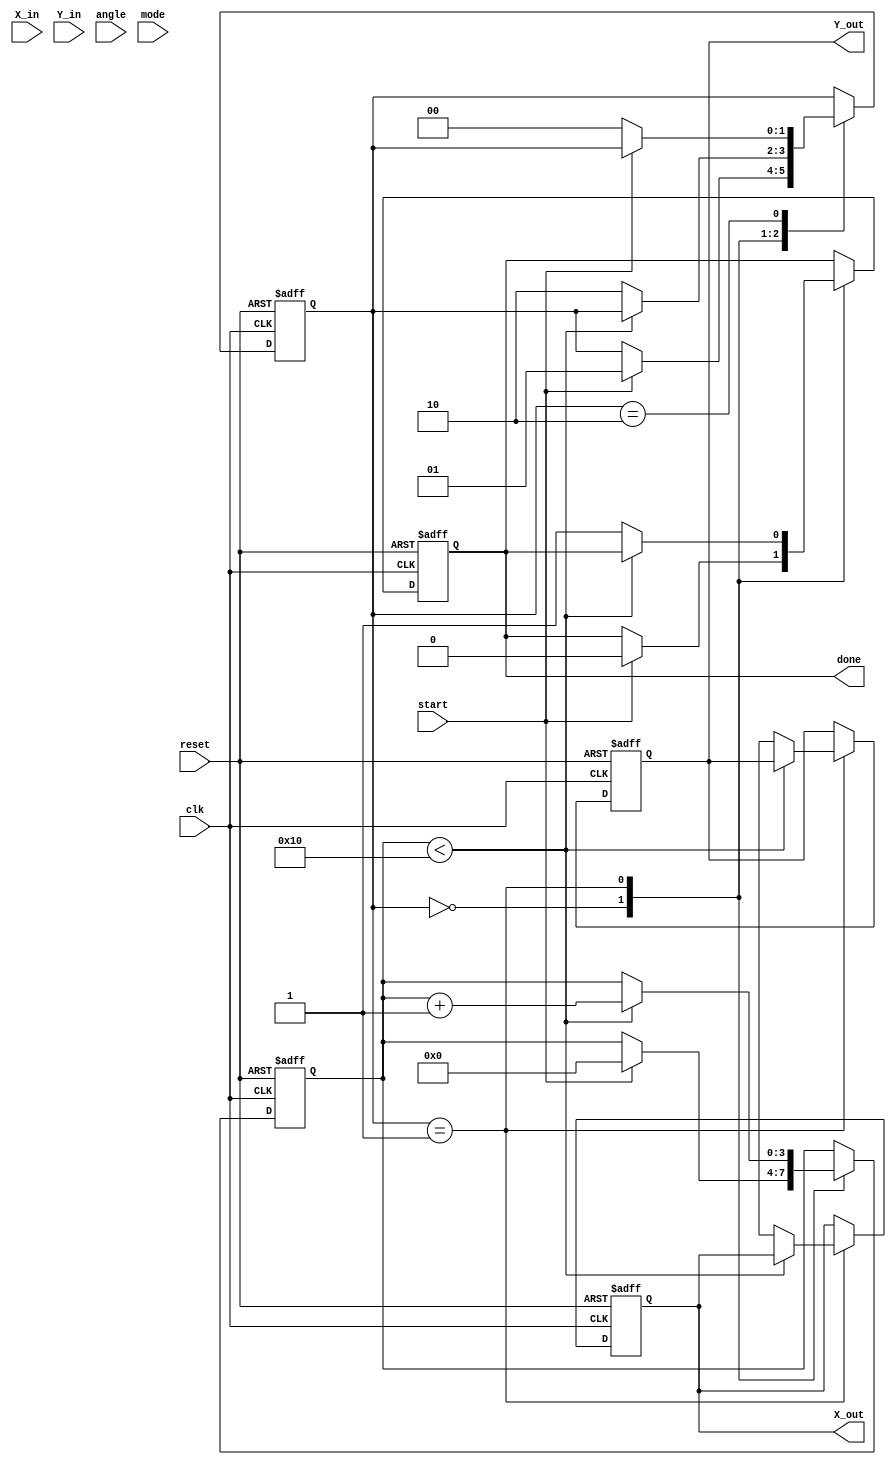
module modified_cordic #(
    parameter N_ITERATIONS = 16,
    parameter DATA_WIDTH = 16
)(
    input wire clk,
    input wire reset,
    input wire start,
    input wire [DATA_WIDTH-1:0] X_in,
    input wire [DATA_WIDTH-1:0] Y_in,
    input wire [DATA_WIDTH-1:0] angle, // Input angle in radians (fixed point)
    input wire mode, // 0 for circular, 1 for hyperbolic
    output reg [DATA_WIDTH-1:0] X_out,
    output reg [DATA_WIDTH-1:0] Y_out,
    output reg done
);

    // Internal registers
    reg [DATA_WIDTH-1:0] x [0:N_ITERATIONS-1];
    reg [DATA_WIDTH-1:0] y [0:N_ITERATIONS-1];
    reg [DATA_WIDTH-1:0] angle_table [0:N_ITERATIONS-1];
    reg [3:0] iteration;
    reg [1:0] state;

    // State machine states
    parameter IDLE = 2'b00;
    parameter COMPUTE = 2'b01;
    parameter DONE = 2'b10;

    // Initialize angle lookup table
    initial begin
        // Populate angle_table with pre-computed arctangent values for CORDIC
        angle_table[0] = 16'h3FFF; // atan(1) = /4 in fixed-point
        angle_table[1] = 16'h3FB6; // atan(0.5) = /6 in fixed-point
        angle_table[2] = 16'h3F2D; // atan(0.25) = /12 in fixed-point
        // ... Add more angles based on your precision requirement
        // Fill remaining values for hyperbolic mode if needed
    end

    // CORDIC computation
    always @(posedge clk or posedge reset) begin
        if (reset) begin
            X_out <= 0;
            Y_out <= 0;
            iteration <= 0;
            state <= IDLE;
            done <= 0;
        end else begin
            case (state)
                IDLE: begin
                    if (start) begin
                        // Initialize inputs
                        x[0] <= X_in;
                        y[0] <= Y_in;
                        iteration <= 0;
                        done <= 0;
                        state <= COMPUTE;
                    end
                end

                COMPUTE: begin
                    if (iteration < N_ITERATIONS) begin
                        // Perform rotation
                        if (mode == 0) begin // Circular mode
                            if (y[iteration] < 0) begin
                                x[iteration + 1] <= x[iteration] + (y[iteration] >>> iteration);
                                y[iteration + 1] <= y[iteration] + (x[iteration] >>> iteration);
                            end else begin
                                x[iteration + 1] <= x[iteration] - (y[iteration] >>> iteration);
                                y[iteration + 1] <= y[iteration] - (x[iteration] >>> iteration);
                            end
                        end else begin // Hyperbolic mode (similar logic)
                            if (y[iteration] < 0) begin
                                x[iteration + 1] <= x[iteration] + (y[iteration] >>> iteration);
                                y[iteration + 1] <= y[iteration] - (x[iteration] >>> iteration);
                            end else begin
                                x[iteration + 1] <= x[iteration] - (y[iteration] >>> iteration);
                                y[iteration + 1] <= y[iteration] + (x[iteration] >>> iteration);
                            end
                        end
                        iteration <= iteration + 1;
                    end else begin
                        // Final output assignment
                        X_out <= x[N_ITERATIONS];
                        Y_out <= y[N_ITERATIONS];
                        done <= 1;
                        state <= DONE;
                    end
                end

                DONE: begin
                    if (!start) begin
                        state <= IDLE; // Reset state
                    end
                end
            endcase
        end
    end

endmodule